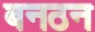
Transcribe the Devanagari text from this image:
बनठन